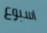
اسبوع